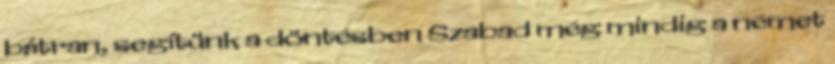
bátran, segítünk a döntésben Szabad még mindig a német